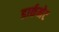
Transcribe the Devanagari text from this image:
डार्कनेट